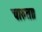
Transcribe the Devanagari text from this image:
चारुता।